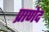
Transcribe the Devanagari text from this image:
प्राणेद